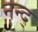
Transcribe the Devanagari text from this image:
नन्द्